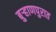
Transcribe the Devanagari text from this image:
बुर्‍हाणपुरात